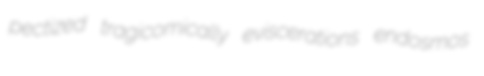
pectized tragicomically eviscerations endosmos